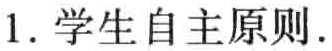
1. 学生自主原则.